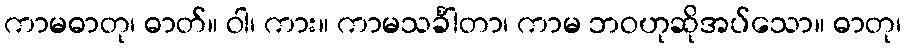
ကာမဓာတု၊ ဓာတ်။ ဝါ၊ ကား။ ကာမသင်္ခါတာ၊ ကာမ ဘဝဟုဆိုအပ်သော။ ဓာတု၊